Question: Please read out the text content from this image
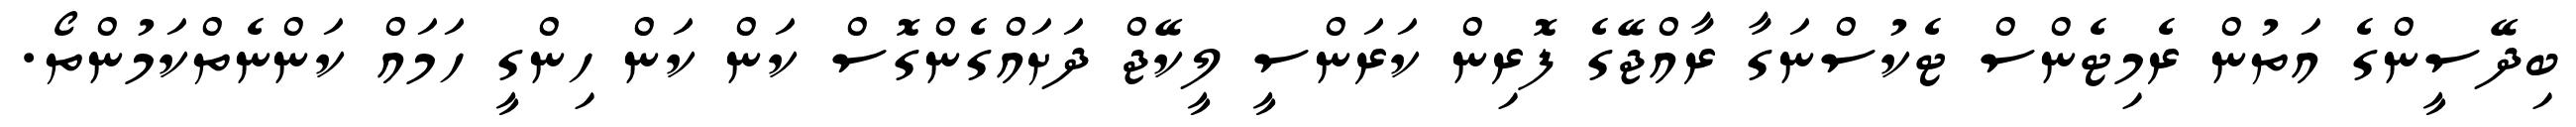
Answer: ބިދޭސީންގެ އަތުން ރެމިޓެންސް ޓެކުސްނަގާ ރާއްޖޭގެ ފޮރިން ކަރަންސީ ލީކޭޖް ދަށައްގެންގޮސް ކަން ކަން ހިންގީ ހަމައް ކަންނެތްކަމުންތޯ.